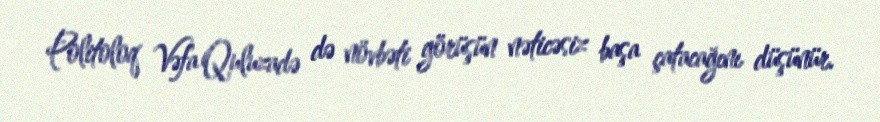
Politoloq Vəfa Quluzadə də növbəti görüşün nəticəsiz başa çatacağını düşünür.